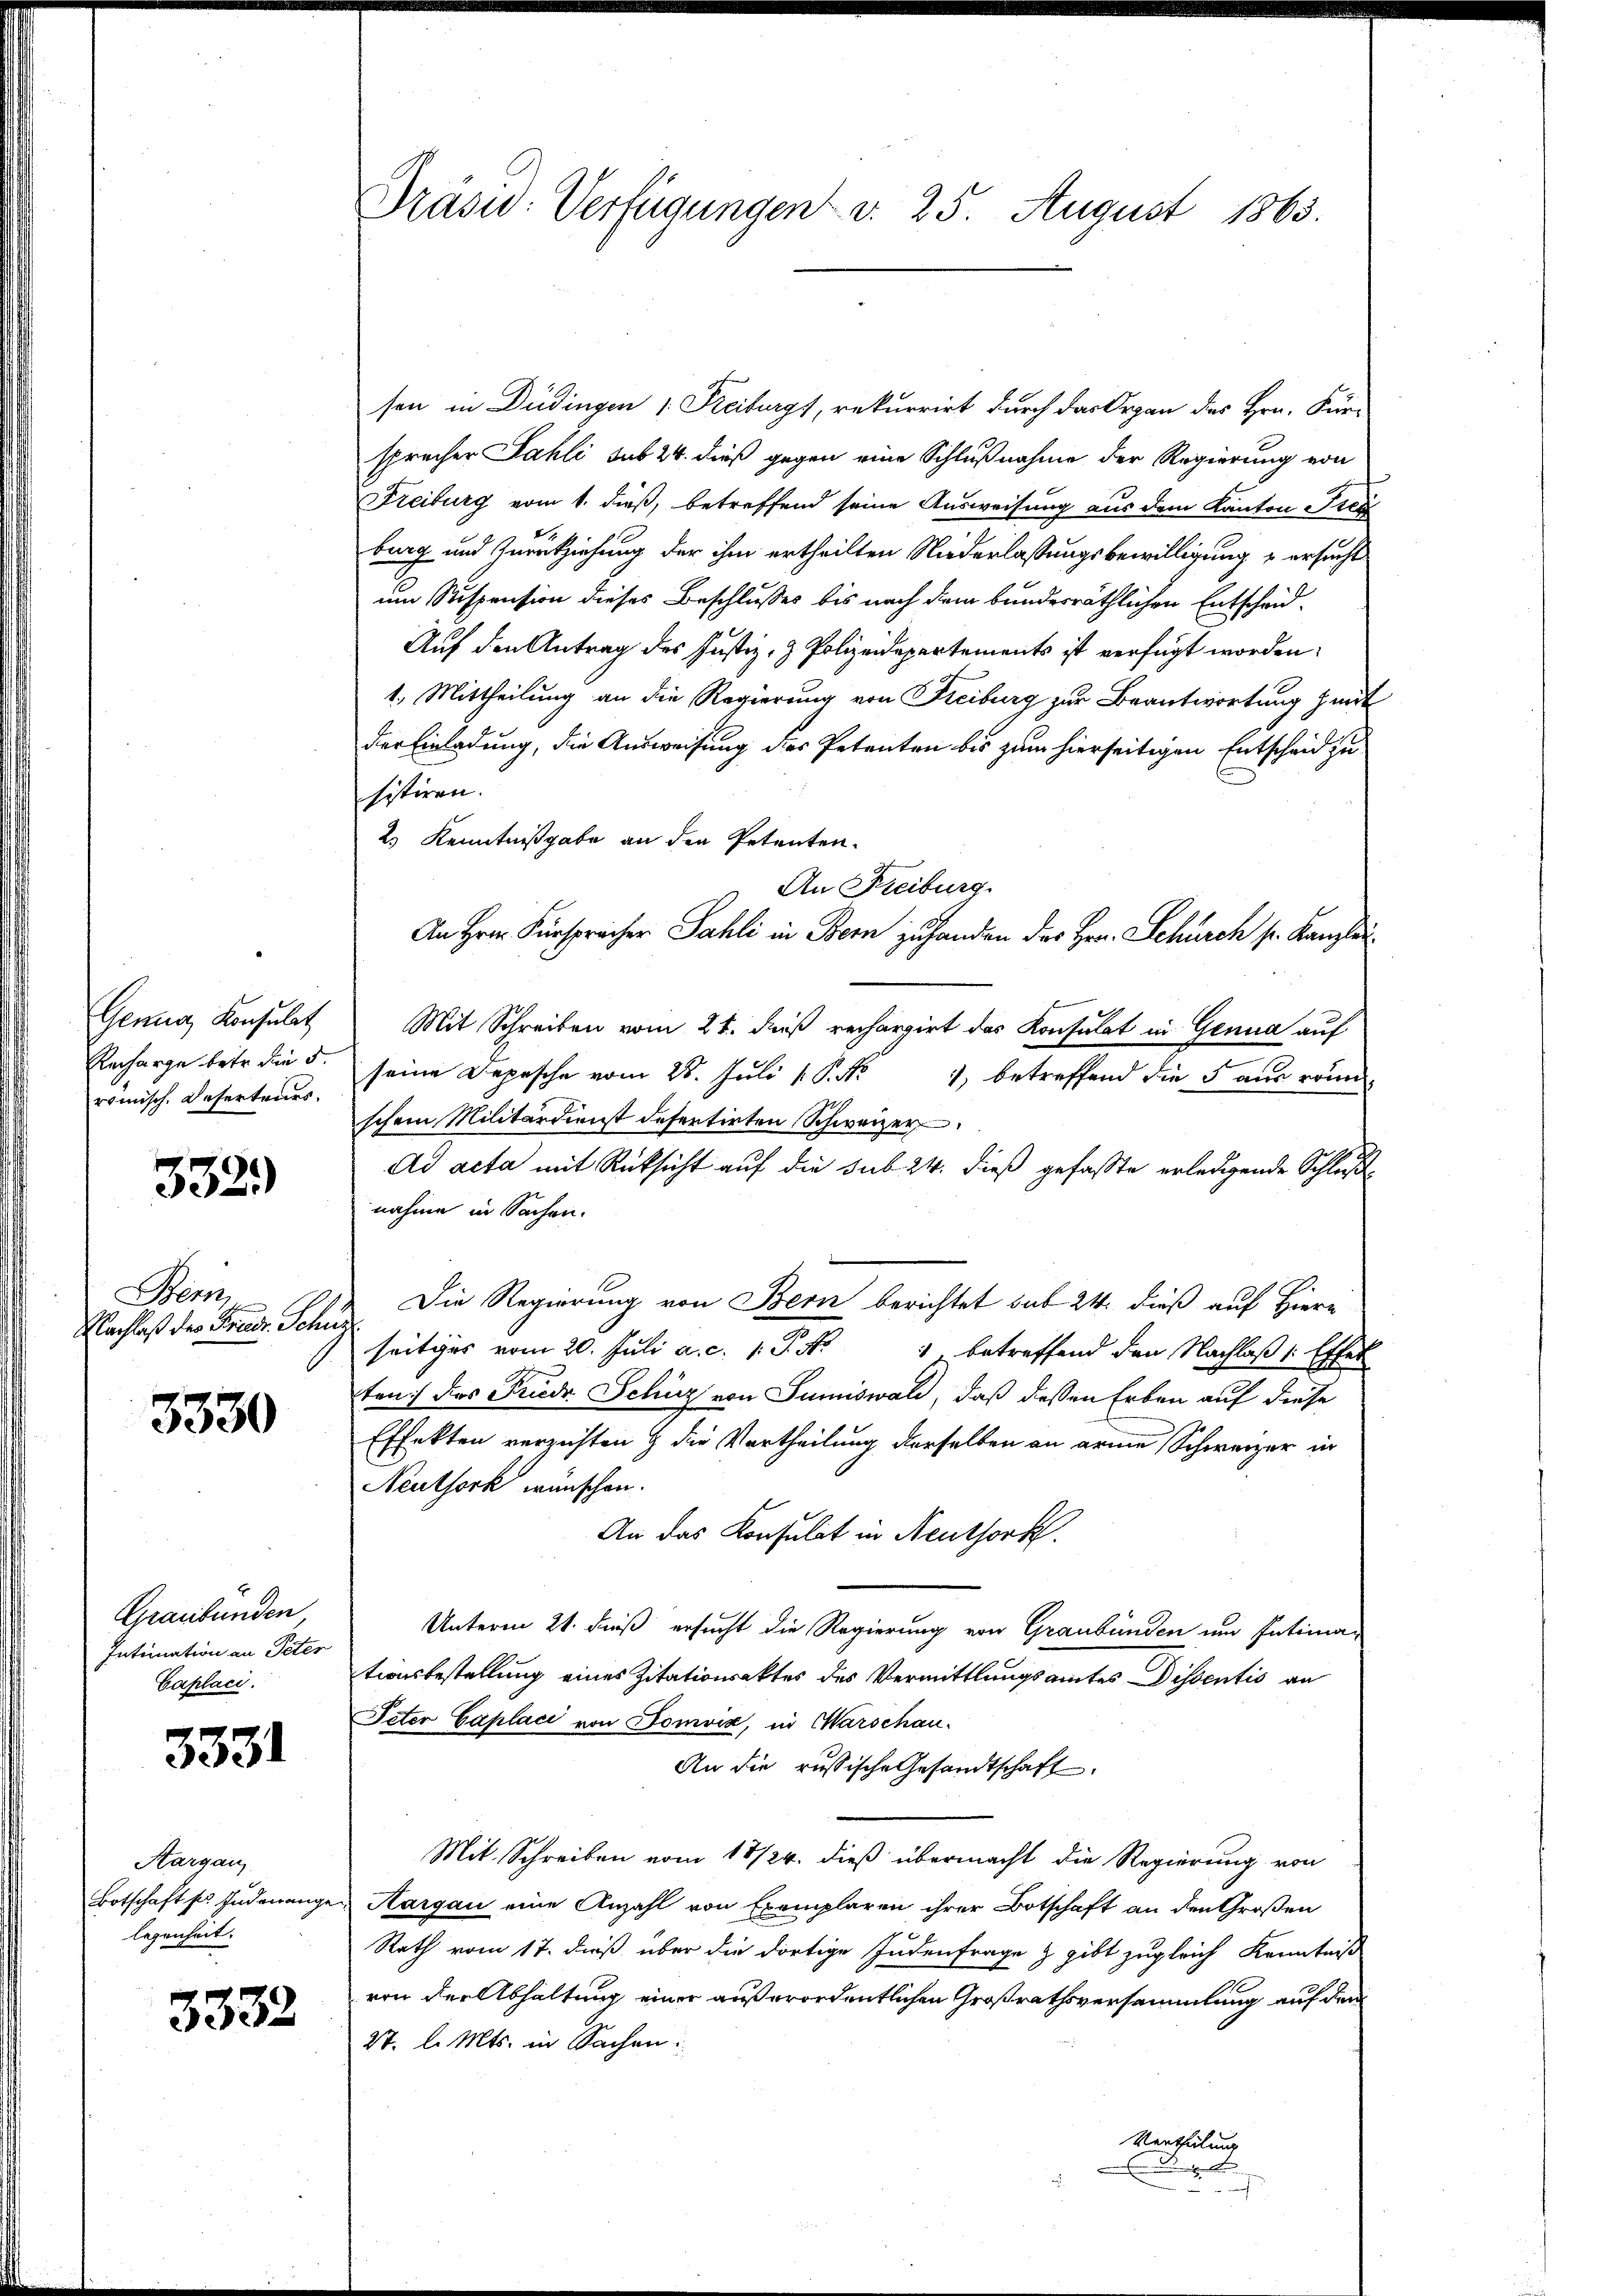
Genug Konsulat
Recharge betr. die 5.
römisch. Deserteurs.

332)

Bern,
Nachlaß der Friedr. Schu

3330

Graubünden
Intimation an Peter
Caplaci.

3331

Aargau
Botschaft ses Judenange
legenheit.

3332

Präsid. Verfügungen v. 25. August 1863.

sen in Düdingen (Freiburgs, rekurrirt durch das Organ des Hrn. Für-
sprecher Sahli sub 24. dieß gegen eine Schlußnahme der Regierung von
Freiburg vom 1. dieß, betreffend seine Ausweisung aus dem Kanton Frey
burg und Zurückziehung der ihm ertheilten Niederlassungsbewilligung u ersucht
um Suspension dieses Beschlusses bis nach dem bundesräthlichen Entscheid¬
Auf den Antrag des Justiz- & Polizeidepartements ist verfügt worden.
1. Mittheilung an die Regierung von Freiburg zur Beantwortung zeit
der Einladung, die Ausweisung des Petenten bis zum hierseitigen Entscheid zu
sistiren.
2.) Kenntnißgabe an den Petenten.
An Freiburg.
An Hrn. Fürspracher Sahli in Bern zu handen des Hrn. Schurch sr. Kanzlei
Mit Schreiben vom 21. dieß rechargirt das Konsulat in Genua auf
seine Depesche vom 28. Juli [P. Nr. 1, betreffend die 5 aus rein
schem Militärdienst defertirten Schweizer
Ad acta mit Rücksicht auf die sub 24. dieß gefaßte erledigende Schlußnahme in Sachen.
Die Regierung von Bern berichtet sub 24. dieß auf Hiern
seitiges vom 20. Juli a. c. 1. P. Nr. 1 betreffend den Nachlaß 1 Effek
ten) des Friedr. Schüz von Sumiswald, daß dessen Erben auf diese
Effekten verzichten & die Vortheilung derselben an arme Schweizer in
Neuthork wünschen.
An das Consulat in Neuthork
Unterm 21. daß ersucht die Regierung von Graubünden um Intimationsbestellung eines Zitationsaktes des Vermittlungsamtes Dissentis an
Peter Caplaci von Domvis, in Warschau-
An die russische Gesandtschaft
Mit. Schreiben vom 18/24. dieß übermacht die Regierung von
Aargau eine Anzahl von Exemplaren ihrer Botschaft an den Großen
Rath vom 17. dieß über die dortige Judenfrage & gibt zugleich Kenntniß
von der Abhaltung einer außerordentlichen Großrathsversammlung auf den
27. d. Mts. in Sachen:
Vertheilung
l